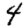
Digit: 4